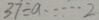
3 7 \div a \cdots 2